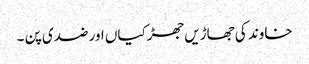
خاوند کی جھاڑیں جھڑکیاں اور ضدی پن ۔